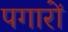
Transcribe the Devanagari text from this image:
पगारों